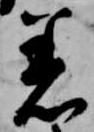
着